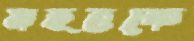
মহত্তকে